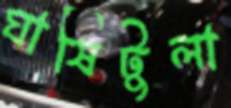
ঘাষিটুলা